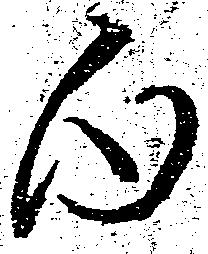
内